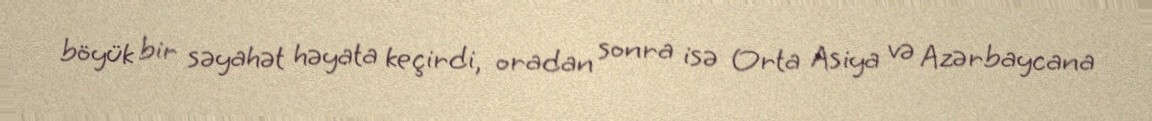
böyük bir səyahət həyata keçirdi, oradan sonra isə Orta Asiya və Azərbaycana